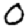
Digit: 0